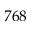
7 6 8